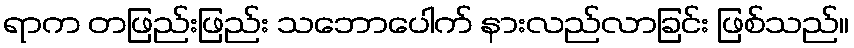
ရာက တဖြည်းဖြည်း သဘောပေါက် နားလည်လာခြင်း ဖြစ်သည်။